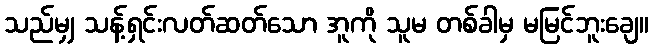
သည်မျှ သန့်ရှင်းလတ်ဆတ်သော အူကို သူမ တစ်ခါမှ မမြင်ဘူးချေ။